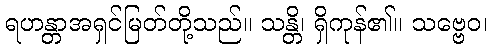
ရဟန္တာအရှင်မြတ်တို့သည်။ သန္တိ၊ ရှိကုန်၏။ သဗ္ဗေဝ၊